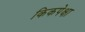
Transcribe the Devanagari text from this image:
किकपेक्षा